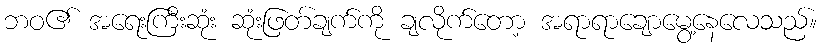
ဘဝ၏ အရေးကြီးဆုံး ဆုံးဖြတ်ချက်ကို ချလိုက်တော့ အရာရာချောမွေ့နေလေသည်။